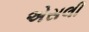
એસલી